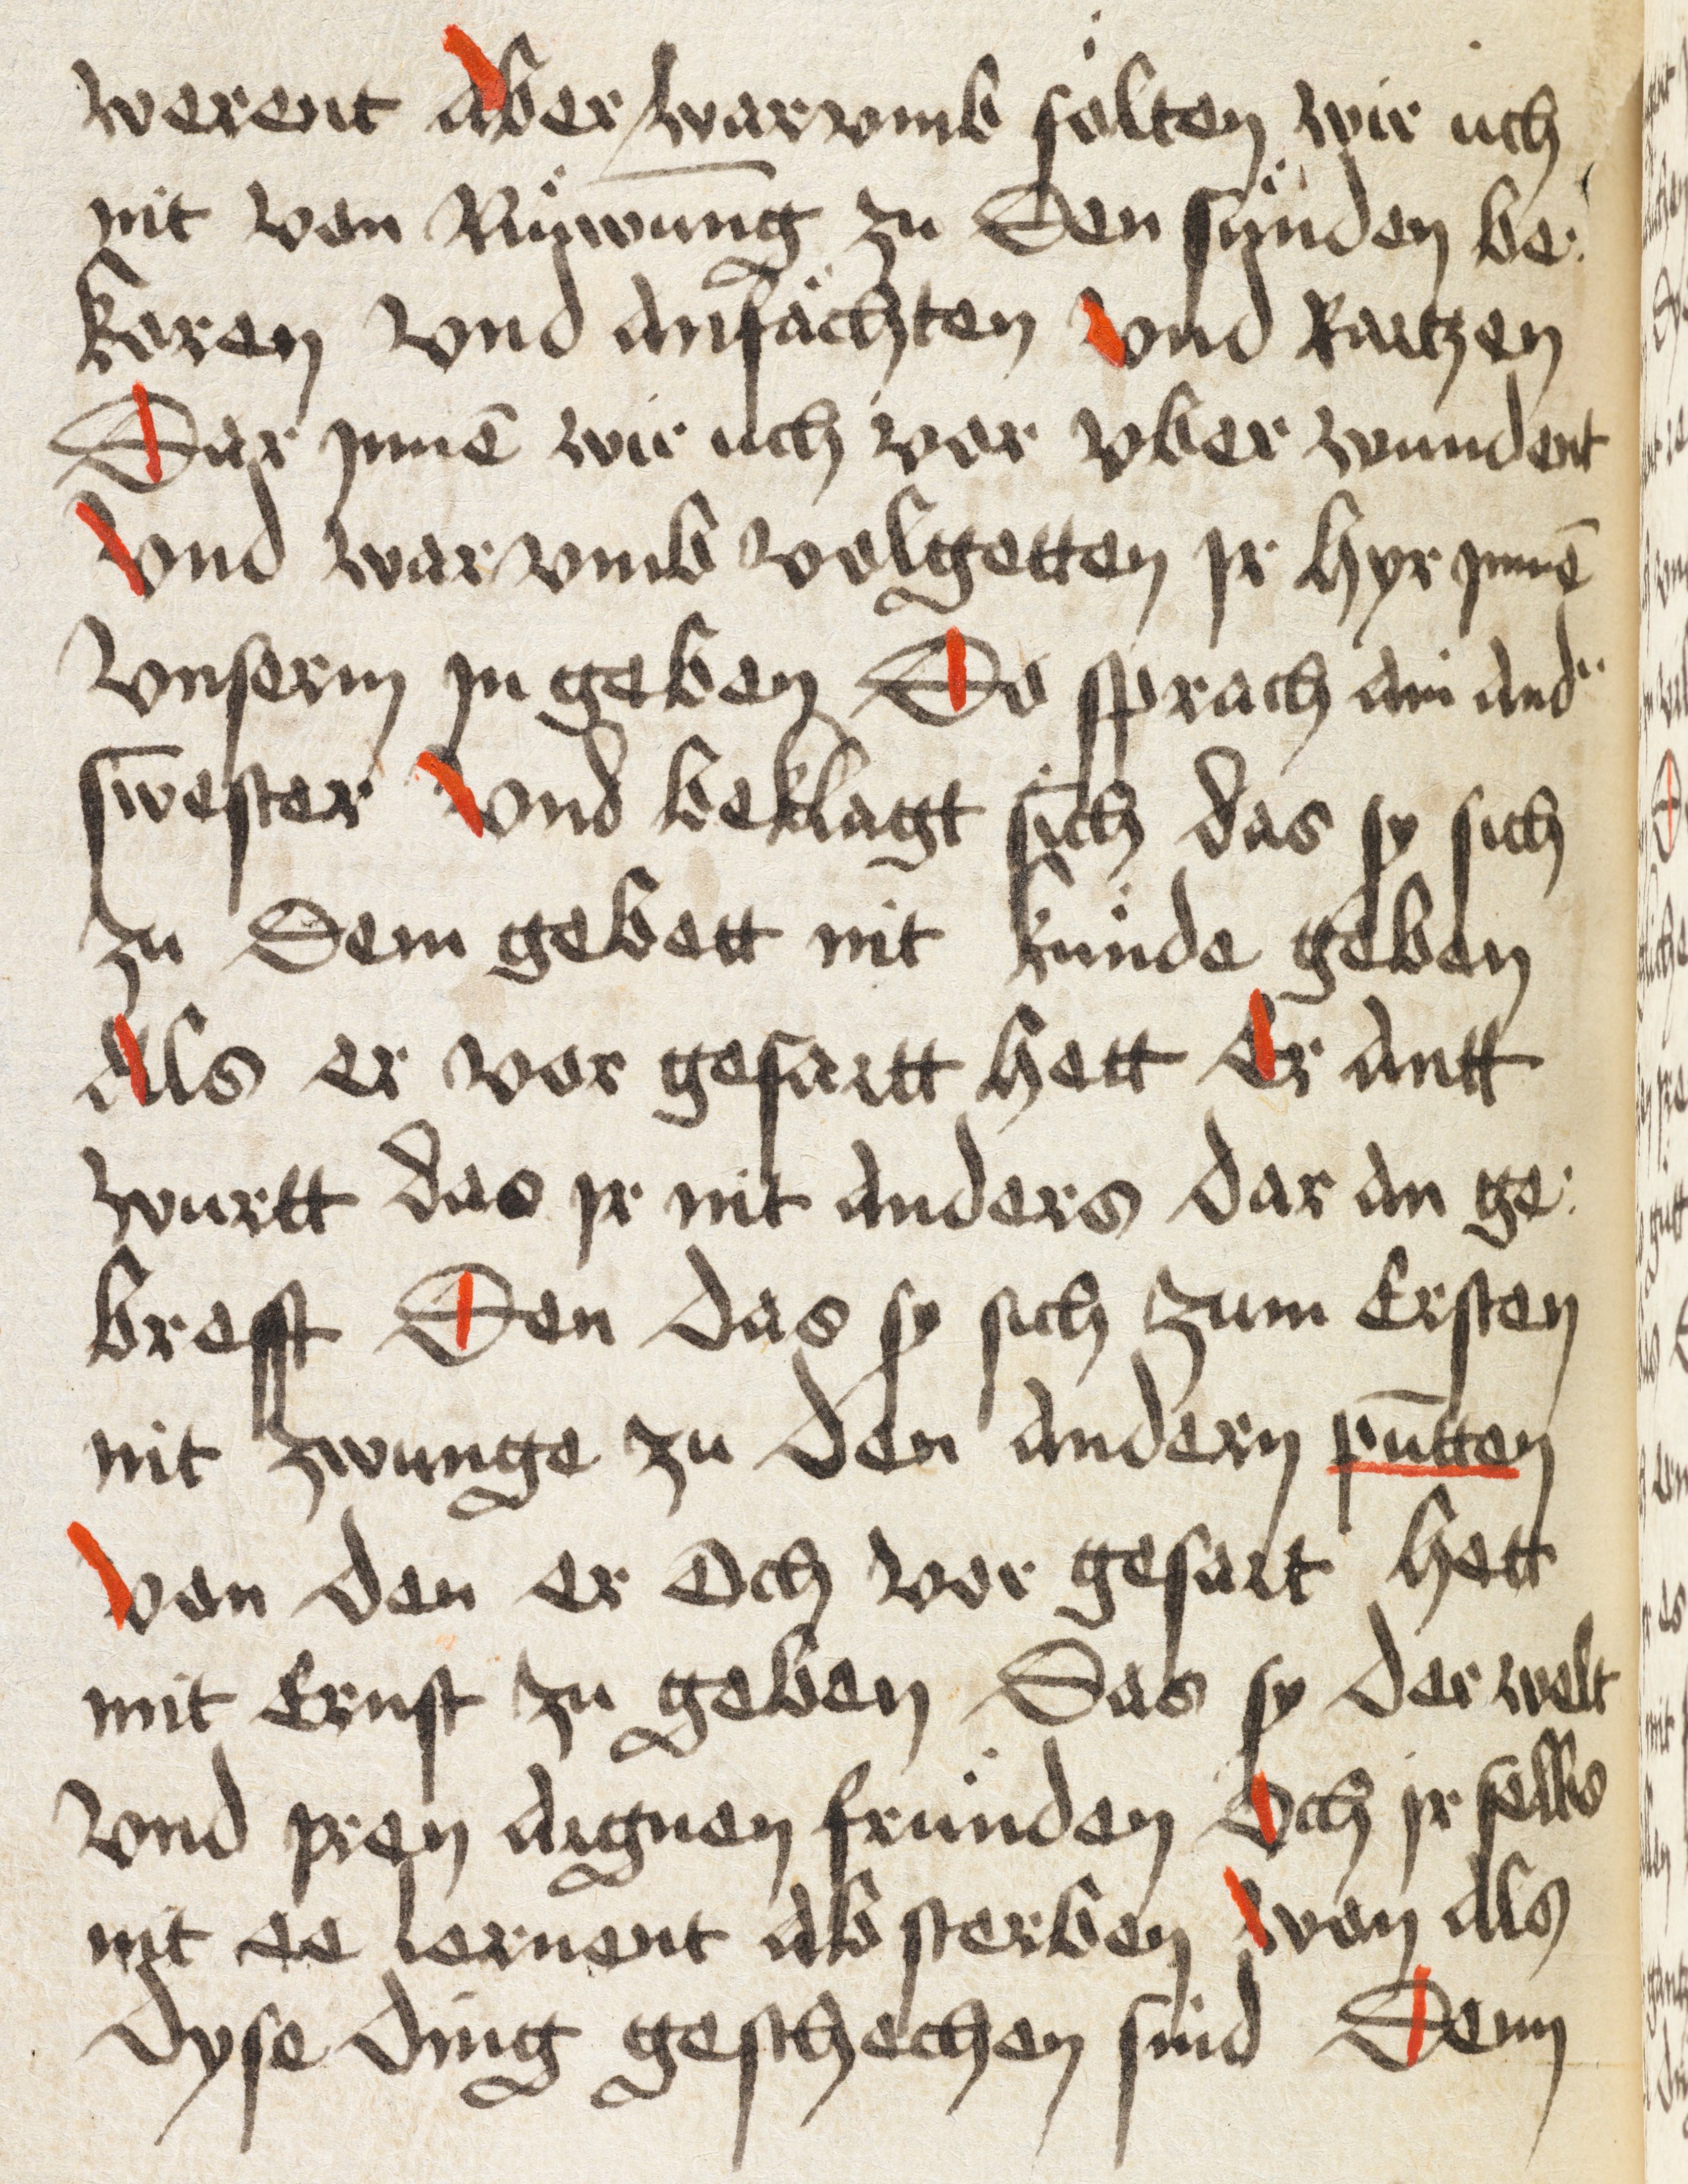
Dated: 1498–1498